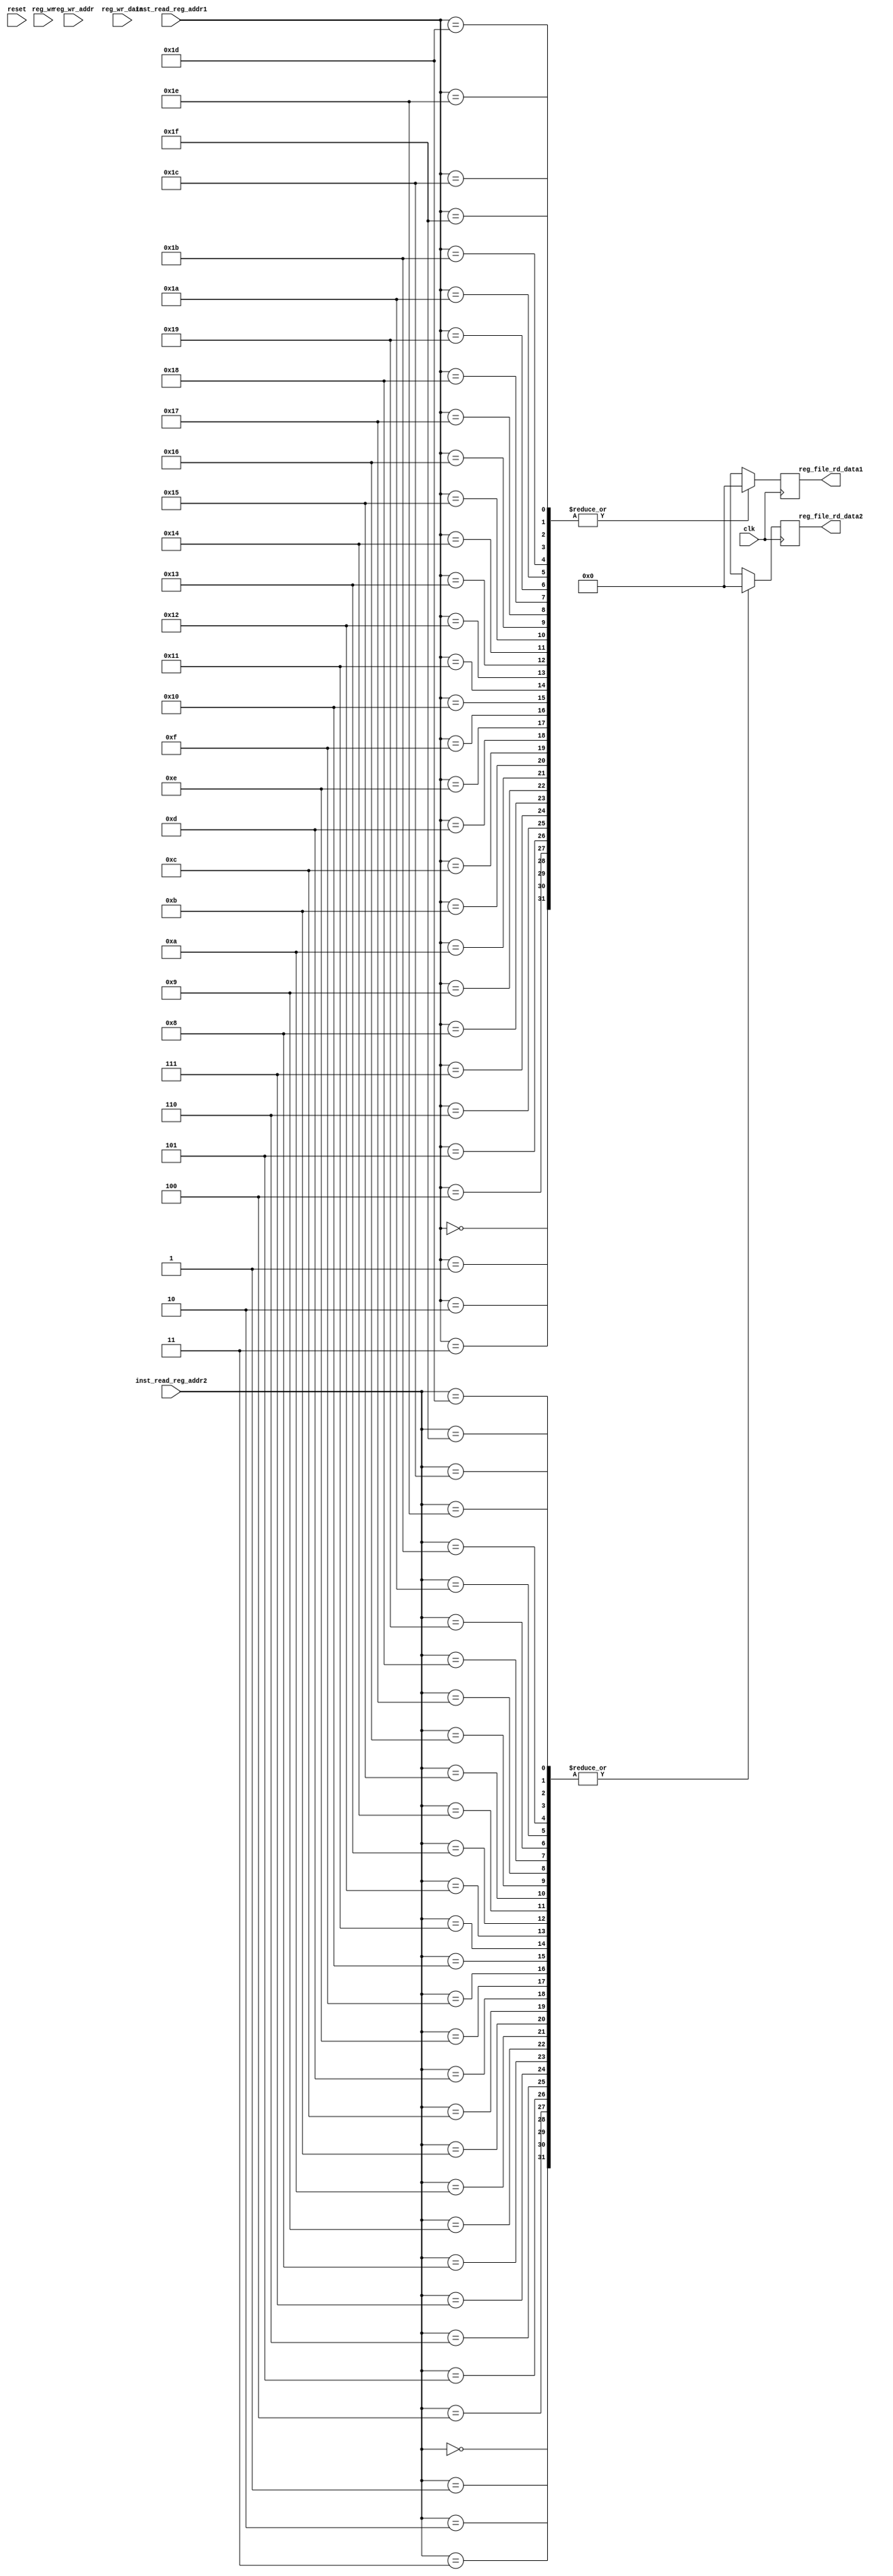
module RegisterFile(inst_read_reg_addr1, inst_read_reg_addr2, reg_wr_addr, reg_wr_data, reg_wr, clk, reg_file_rd_data1, reg_file_rd_data2, reset);
	input [4:0] inst_read_reg_addr1 ,inst_read_reg_addr2 ,reg_wr_addr;
	input [31:0] reg_wr_data;
	input reg_wr ,clk, reset;
	output reg [31:0] reg_file_rd_data1 ,reg_file_rd_data2;
	integer i;
	reg [31:0] registers[0:31];

	reg registers_flag[0:31];

	always @(reset)
		begin
			for(i=0; i<32; i=i+1)
				registers[i] <= 32'd0;
		end

	reg[31:0] t_reg_file_rd_data1, t_reg_file_rd_data2, t_reg_wr_data;

	always @(posedge clk)
		begin
			reg_file_rd_data1 = registers[inst_read_reg_addr1];
			reg_file_rd_data2 = registers[inst_read_reg_addr2];
		end


	always @ (posedge clk)
	begin
		$display("REGISTER FILE: time: %3d", $time);
		for(i=0; i<32; i=i+1)
			$display("Register ", i , " ", registers[i]);

	end

	always @ (negedge clk)
	begin
		if (reg_wr == 1)
		begin
			registers[reg_wr_addr] = reg_wr_data;
		end
	end

endmodule